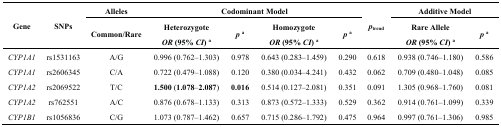
| <ROWSPAN=2> Gene | <ROWSPAN=2> SNPs | Alleles | <COLSPAN=4> Codominant Model | <ROWSPAN=2> ptrend | <COLSPAN=2> Additive Model |
 | Common/Rare | Heterozygote OR (95% CI) a | pa | Homozygote OR (95% CI) a | pa | Rare Allele OR (95% CI) a | pa |
 | --- | --- | --- | --- | --- | --- | --- | --- | --- | --- |
 | CYP1A1 | rs1531163 | A/G | 0.996 (0.762–1.303) | 0.978 | 0.643 (0.283–1.459) | 0.290 | 0.618 | 0.938 (0.746–1.180) | 0.586 |
 | CYP1A1 | rs2606345 | C/A | 0.722 (0.479–1.088) | 0.120 | 0.380 (0.034–4.241) | 0.432 | 0.062 | 0.709 (0.480–1.048) | 0.085 |
 | CYP1A2 | rs2069522 | T/C | 1.500 (1.078–2.087) | 0.016 | 0.514 (0.127–2.081) | 0.351 | 0.091 | 1.305 (0.968–1.760) | 0.081 |
 | CYP1A2 | rs762551 | A/C | 0.876 (0.678–1.133) | 0.313 | 0.873 (0.572–1.333) | 0.529 | 0.362 | 0.914 (0.761–1.099) | 0.339 |
 | CYP1B1 | rs1056836 | C/G | 1.073 (0.787–1.462) | 0.657 | 0.715 (0.286–1.792) | 0.475 | 0.964 | 0.997 (0.761–1.306) | 0.985 |